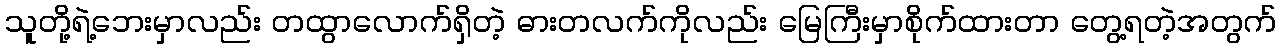
သူတို့ရဲ့ဘေးမှာလည်း တထွာလောက်ရှိတဲ့ ဓားတလက်ကိုလည်း မြေကြီးမှာစိုက်ထားတာ တွေ့ရတဲ့အတွက်